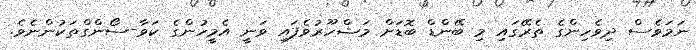
ނަމަވެސް ދިވެހިންގެ ތެރޭގައި މި ބޭންޑް ބޮޑަށް މަޝްހޫރުވެފައި ވަނީ އެމީހުންގެ ކަވާ-ސޯންގްތަކުންނެވެ.